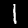
Label: 1